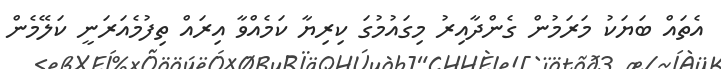
އެތައް ބަޔަކު މަރަމުން ގެންދާއިރު މިގައުމުގަ ކިރިޔާ ކަމެއްވާ އިރައް ތިފުމެއަރަނީ ކަލޭމެން